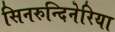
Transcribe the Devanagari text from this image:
सिनरुन्दिनेरिया